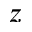
\boldsymbol { z }